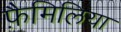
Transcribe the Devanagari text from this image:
फ़ैमिलिया